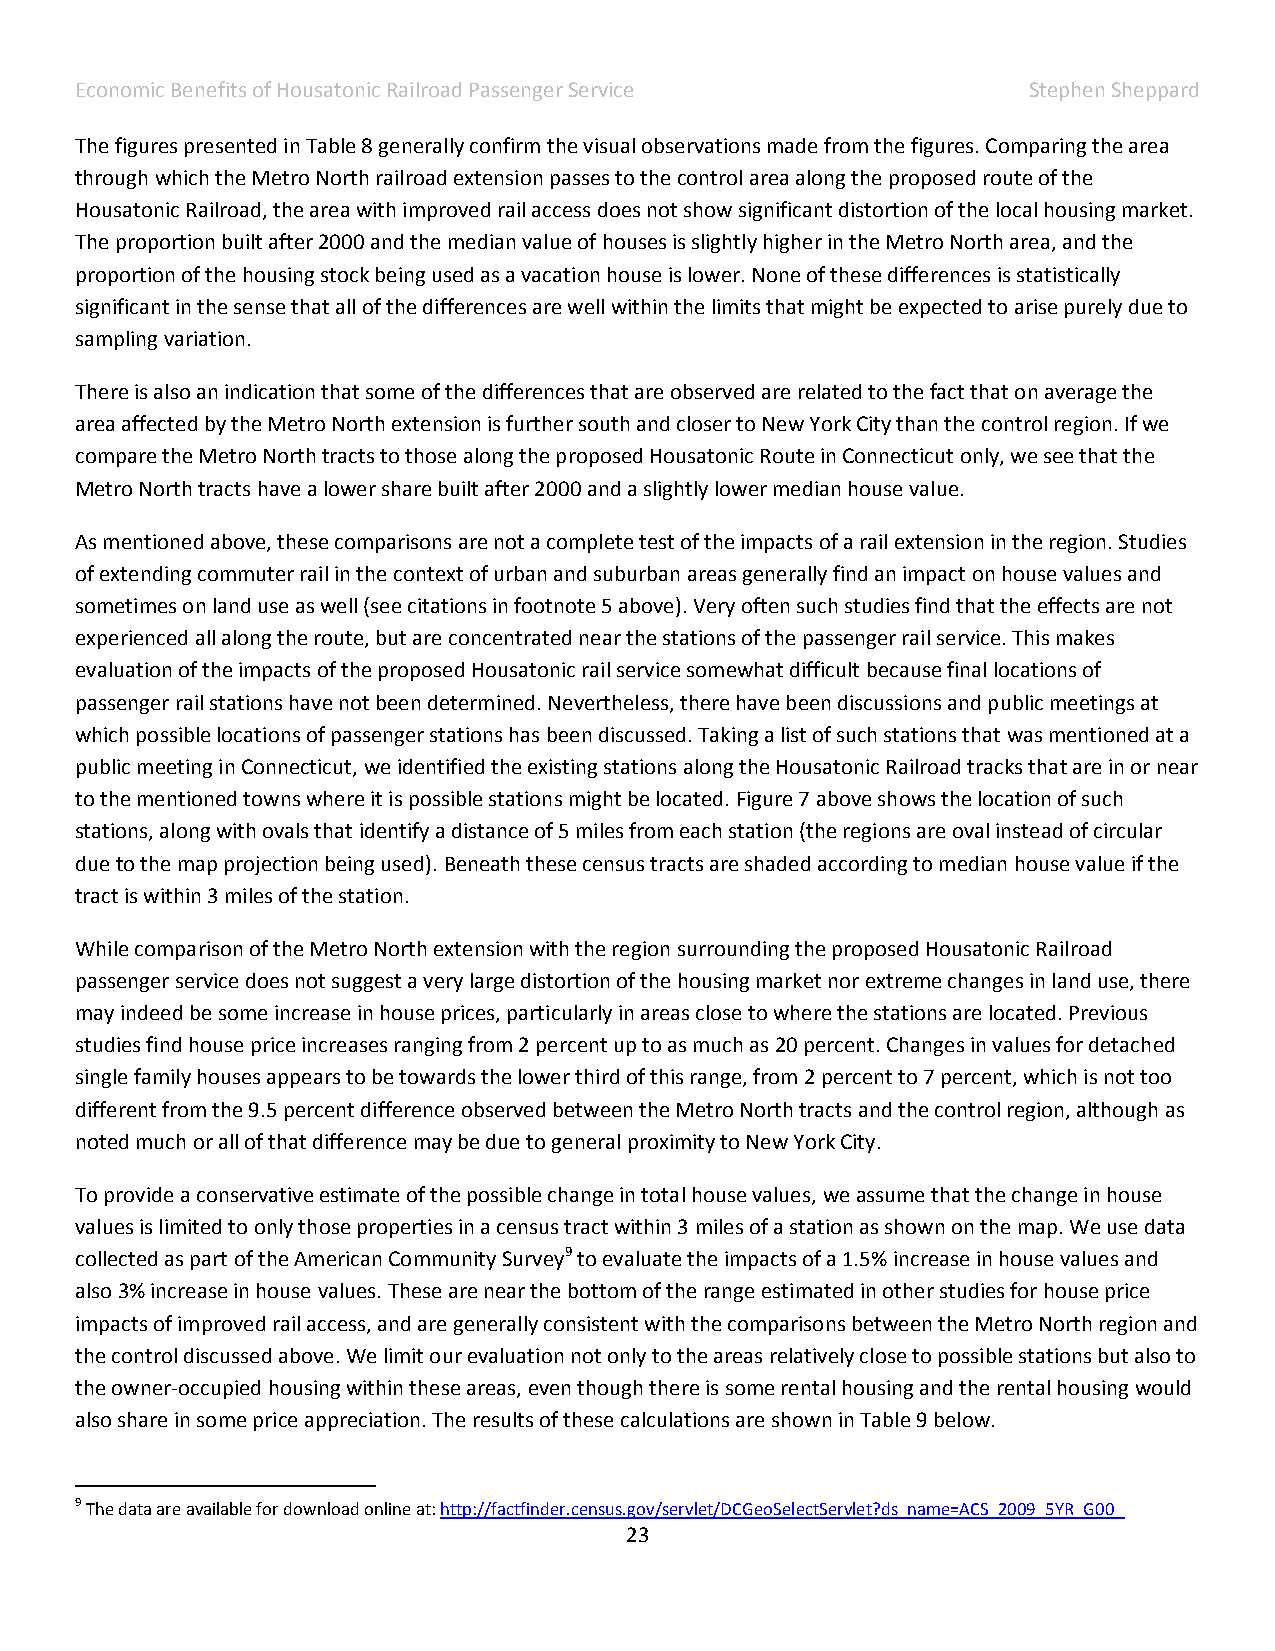
Economic Benefits of Housatonic Railroad Passenger Service     Stephen Sheppard
 The figures presented in Table 8 generally confirm the visual observations made from the figures. Comparing the area
 through which the Metro North railroad extension passes to the control area along the proposed route of the
 Housatonic Railroad, the area with improved rail access does not show significant distortion of the local housing market.
 The proportion built after 2000 and the median value of houses is slightly higher in the Metro North area, and the
 proportion of the housing stock being used as a vacation house is lower. None of these differences is statistically
 significant in the sense that all of the differences are well within the limits that might be expected to arise purely due to
 sampling variation.
 There is also an indication that some of the differences that are observed are related to the fact that on average the
 area affected by the Metro North extension is further south and closer to New York City than the control region. If we
 compare the Metro North tracts to those along the proposed Housatonic Route in Connecticut only, we see that the
 Metro North tracts have a lower share built after 2000 and a slightly lower median house value.
 As mentioned above, these comparisons are not a complete test of the impacts of a rail extension in the region. Studies
 of extending commuter rail in the context of urban and suburban areas generally find an impact on house values and
 sometimes on land use as well (see citations in footnote 5 above). Very often such studies find that the effects are not
 experienced all along the route, but are concentrated near the stations of the passenger rail service. This makes
 evaluation of the impacts of the proposed Housatonic rail service somewhat difficult because final locations of
 passenger rail stations have not been determined. Nevertheless, there have been discussions and public meetings at
 which possible locations of passenger stations has been discussed. Taking a list of such stations that was mentioned at a
 public meeting in Connecticut, we identified the existing stations along the Housatonic Railroad tracks that are in or near
 to the mentioned towns where it is possible stations might be located. Figure 7 above shows the location of such
 stations, along with ovals that identify a distance of 5 miles from each station (the regions are oval instead of circular
 due to the map projection being used). Beneath these census tracts are shaded according to median house value if the
 tract is within 3 miles of the station.
 While comparison of the Metro North extension with the region surrounding the proposed Housatonic Railroad
 passenger service does not suggest a very large distortion of the housing market nor extreme changes in land use, there
 may indeed be some increase in house prices, particularly in areas close to where the stations are located. Previous
 studies find house price increases ranging from 2 percent up to as much as 20 percent. Changes in values for detached
 single family houses appears to be towards the lower third of this range, from 2 percent to 7 percent, which is not too
 different from the 9.5 percent difference observed between the Metro North tracts and the control region, although as
 noted much or all of that difference may be due to general proximity to New York City.
 To provide a conservative estimate of the possible change in total house values, we assume that the change in house
 values is limited to only those properties in a census tract within 3 miles of a station as shown on the map. We use data
 collected as part of the American Community Survey9 to evaluate the impacts of a 1.5% increase in house values and
 also 3% increase in house values. These are near the bottom of the range estimated in other studies for house price
 impacts of improved rail access, and are generally consistent with the comparisons between the Metro North region and
 the control discussed above. We limit our evaluation not only to the areas relatively close to possible stations but also to
 the owner-occupied housing within these areas, even though there is some rental housing and the rental housing would
 also share in some price appreciation. The results of these calculations are shown in Table 9 below.
 9 The data are available for download online at: http://factfinder.census.gov/servlet/DCGeoSelectServlet?ds_name=ACS_2009_5YR_G00_
 23